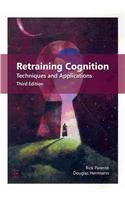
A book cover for Retraining Cognition: Techniques and Applications; Rick Parente; Health, Fitness & Dieting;